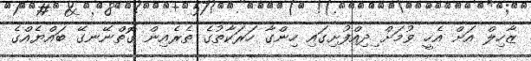
ޒާހިލް އަށް އެހީ ވުމަށް ިދިއްފުށިގައި ހިންގާ ހަރަކާތުގެ ތެރެއިން ގޮތްނޭނގޭ ބައްޔެއްގެ